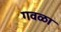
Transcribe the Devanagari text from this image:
गवळा